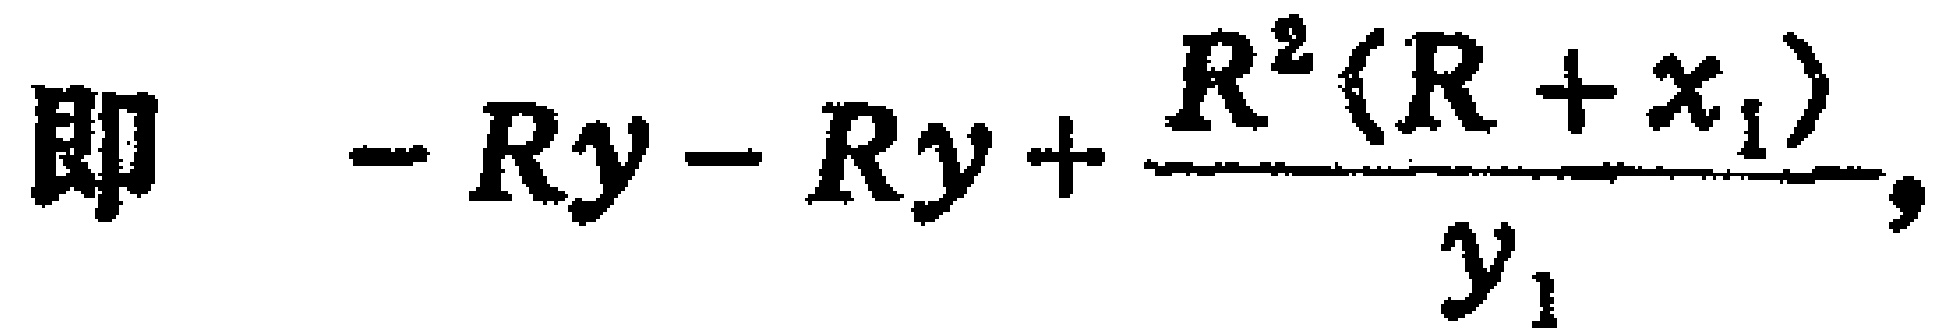
即 \(- Ry - Ry + \frac{R^{2}(R + x_{1})}{y_{1}}\)，